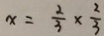
x = \frac { 2 } { 3 } \times \frac { 2 } { 3 }